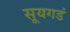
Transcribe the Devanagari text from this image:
सूयगडं